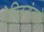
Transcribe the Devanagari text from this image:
ड्रेन्जिनांकडे